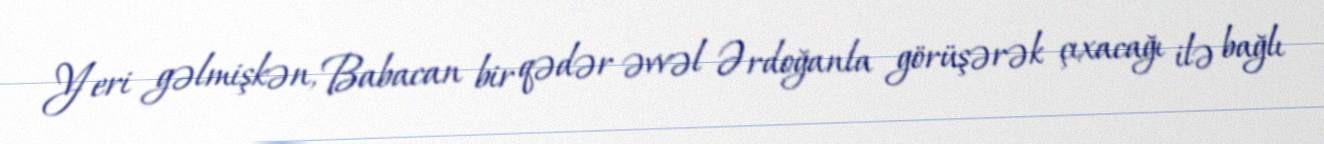
Yeri gəlmişkən, Babacan bir qədər əvvəl Ərdoğanla görüşərək çıxacağı ilə bağlı